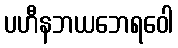
ပဟီနဘယဘေရဝေါ